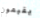
يقيمون